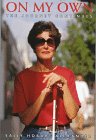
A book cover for On My Own: The Journey Continues; Sally Hobart Alexander; Teen & Young Adult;